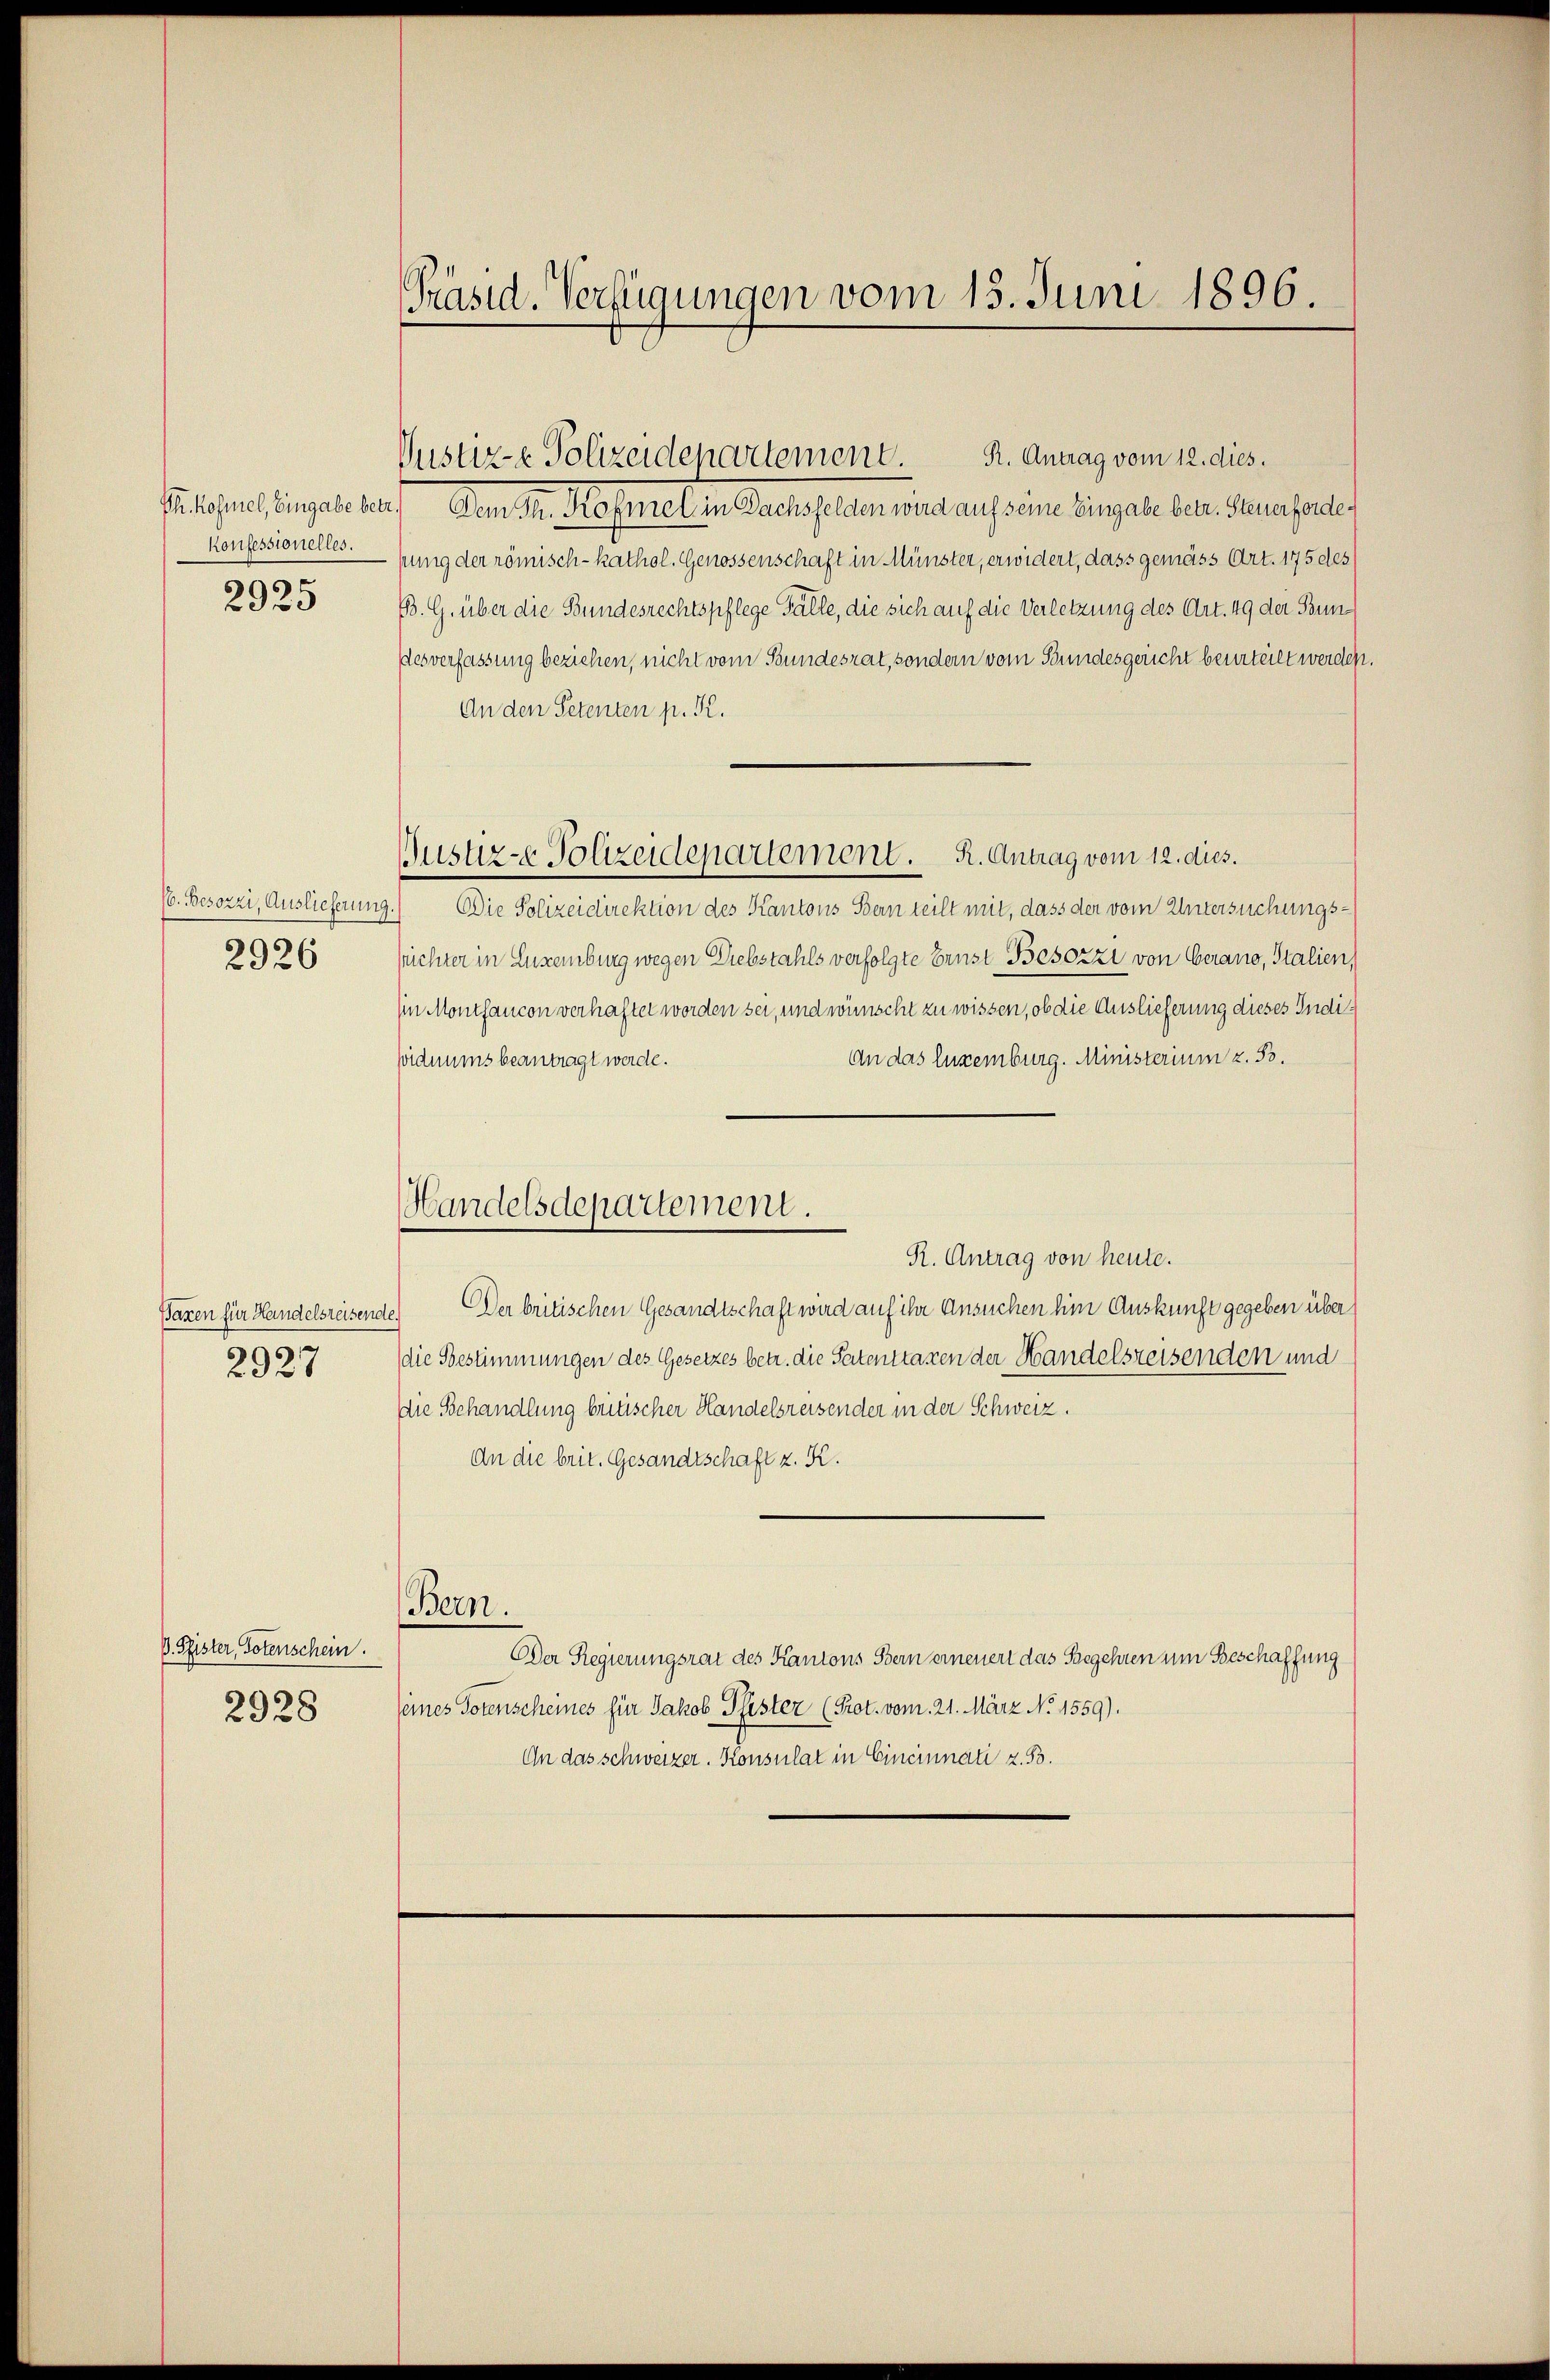
Ph. kosmel, Eingabe bet
Konfessionelles.
2925

(6. Besorzi, Auslieferung
2926

Baxen für Handelsreisende
2927

B. Pfister, Totenschein.
2928

Präsid. Verfügungen vom 15. Juni 1896.

R. Antrag vom 12. dies.
Justiz- & Polizeidepartement.
) Am 1. Messertel in Sache selben eines auf seine Eingabe der Personales
pung der römisch-kathol. Genossenschaft in Münster, erwidert, dass gemäss Art. 175 des
B. G. über die Bundesrechtspflege Fälle, die sich auf die Verletzung des Art. 49 der Bundesverfassung beziehen, nicht vom Bundesrat, sondern vom Stundesgericht beurteilt werden.
An den Petenten p. K.
) Die Polizeidirektion des Kantons Bern teilt mit, dass der vom Untersuchungssüchter in Luxemburg wegen Diebstahls verfolgte Ernst Besozzi von Gerano, Stalien,
in Monthancon verhaftet worden sei, und wünscht zu wissen, ob die Auslieferung dieses Indi¬
An das Eugenburg. Ministerium z. B.
viduums beantragt werde.
Handelsdepartement.
R. Antrag von heute.
 Oder britischen Gesandtschaft wird auf ihr Ansuchen hin Auskunft gegeben über
die Bestimmungen des Gesetzes betr. die Patenttaxen der Handelsreisenden und
Die Behandlung britischer Handelsreisender in der Schweiz.
An die brit. Gesandtschaft z. K.
Bern.
DDer Regierungsrat des Kantons Bern erneuert das Begehren um Beschaffung
seines Totenscheines für Jakob Pfister (Prot. vom 21. März No. 1559).
An das schweizer. Konsulat in Cincinnati z. B.

Justiz- & Polizeidepartement. R. Antrag vom 12. dies.